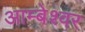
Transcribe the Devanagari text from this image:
आम्बेश्वर